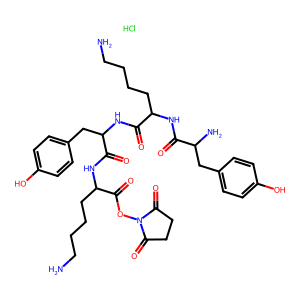
SMILES: Cl.NCCCCC(NC(=O)C(N)Cc1ccc(O)cc1)C(=O)NC(Cc1ccc(O)cc1)C(=O)NC(CCCCN)C(=O)ON1C(=O)CCC1=O
Inhibits HIV replication: No